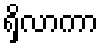
ရှိလာကာ